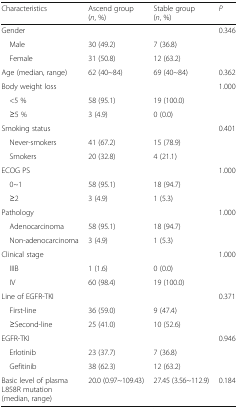
| Characteristics | Ascend group (n, %) | Stable group (n, %) | P |
 | --- | --- | --- | --- |
 | Gender |  |  | 0.346 |
 | Male | 30 (49.2) | 7 (36.8) |  |
 | Female | 31 (50.8) | 12 (63.2) |  |
 | Age (median, range) | 62 (40~84) | 69 (40~84) | 0.362 |
 | Body weight loss |  |  | 1.000 |
 | <5 % | 58 (95.1) | 19 (100.0) |  |
 | ≥5 % | 3 (4.9) | 0 (0.0) |  |
 | Smoking status |  |  | 0.401 |
 | Never-smokers | 41 (67.2) | 15 (78.9) |  |
 | Smokers | 20 (32.8) | 4 (21.1) |  |
 | ECOG PS |  |  | 1.000 |
 | 0~1 | 58 (95.1) | 18 (94.7) |  |
 | ≥2 | 3 (4.9) | 1 (5.3) |  |
 | Pathology |  |  | 1.000 |
 | Adenocarcinoma | 58 (95.1) | 18 (94.7) |  |
 | Non-adenocarcinoma | 3 (4.9) | 1 (5.3) |  |
 | Clinical stage |  |  | 1.000 |
 | IIIB | 1 (1.6) | 0 (0.0) |  |
 | IV | 60 (98.4) | 19 (100.0) |  |
 | Line of EGFR-TKI |  |  | 0.371 |
 | First-line | 36 (59.0) | 9 (47.4) |  |
 | ≥Second-line | 25 (41.0) | 10 (52.6) |  |
 | EGFR-TKI |  |  | 0.946 |
 | Erlotinib | 23 (37.7) | 7 (36.8) |  |
 | Gefitinib | 38 (62.3) | 12 (63.2) |  |
 | Basic level of plasma L858R mutation (median, range) | 20.0 (0.97~109.43) | 27.45 (3.56~112.9) | 0.184 |